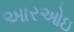
આરઓઇ